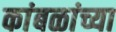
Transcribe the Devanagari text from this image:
कांबळांच्या